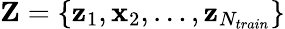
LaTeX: \mathbf Z=\{ \mathbf z_{1},\mathbf x_{2},\dots,\mathbf z_{N_{train}}\}